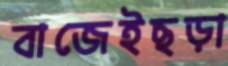
বাজেইছড়া